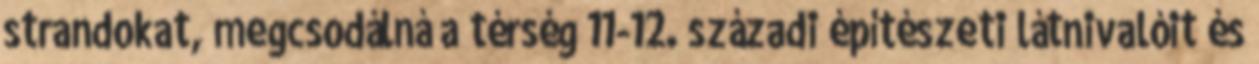
strandokat, megcsodálná a térség 11-12. századi építészeti látnivalóit és